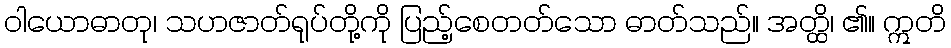
ဝါယောဓာတု၊ သဟဇာတ်ရုပ်တို့ကို ပြည့်စေတတ်သော ဓာတ်သည်။ အတ္ထိ၊ ၏။ ဣတိ